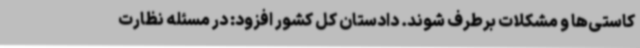
کاستی‌ها و مشکلات برطرف شوند. دادستان کل کشور افزود: در مسئله نظارت